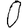
Digit: 0